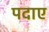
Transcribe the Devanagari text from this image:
पदाए